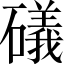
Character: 礒